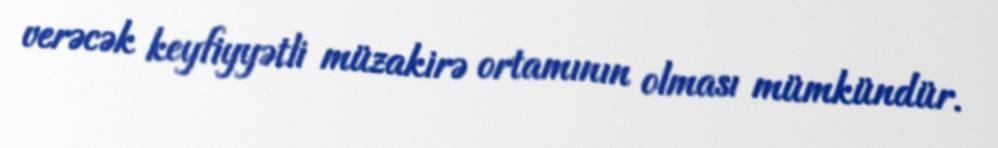
verəcək keyfiyyətli müzakirə ortamının olması mümkündür.